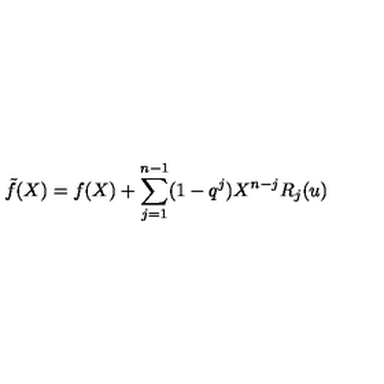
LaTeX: \tilde { f } ( X ) = f ( X ) + \sum _ { j = 1 } ^ { n - 1 } ( 1 - q ^ { j } ) X ^ { n - j } R _ { j } ( u )